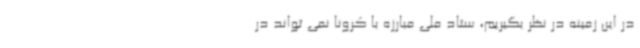
در این زمینه در نظر بگیریم، ستاد ملی مبارزه با کرونا نمی تواند در